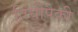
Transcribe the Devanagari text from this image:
तिघींपैकी